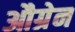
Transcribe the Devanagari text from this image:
औग्रेन